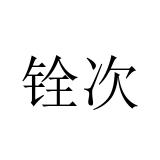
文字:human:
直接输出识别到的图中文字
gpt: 铨次